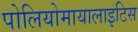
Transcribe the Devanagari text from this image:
पोलियोमायालाइटिस